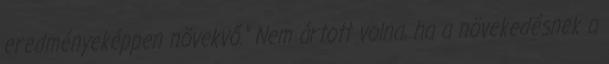
eredményeképpen növekvő.” Nem ártott volna, ha a növekedésnek a